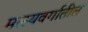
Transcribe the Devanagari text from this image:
मत्स्यवर्गातील